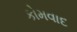
કોમવાદ